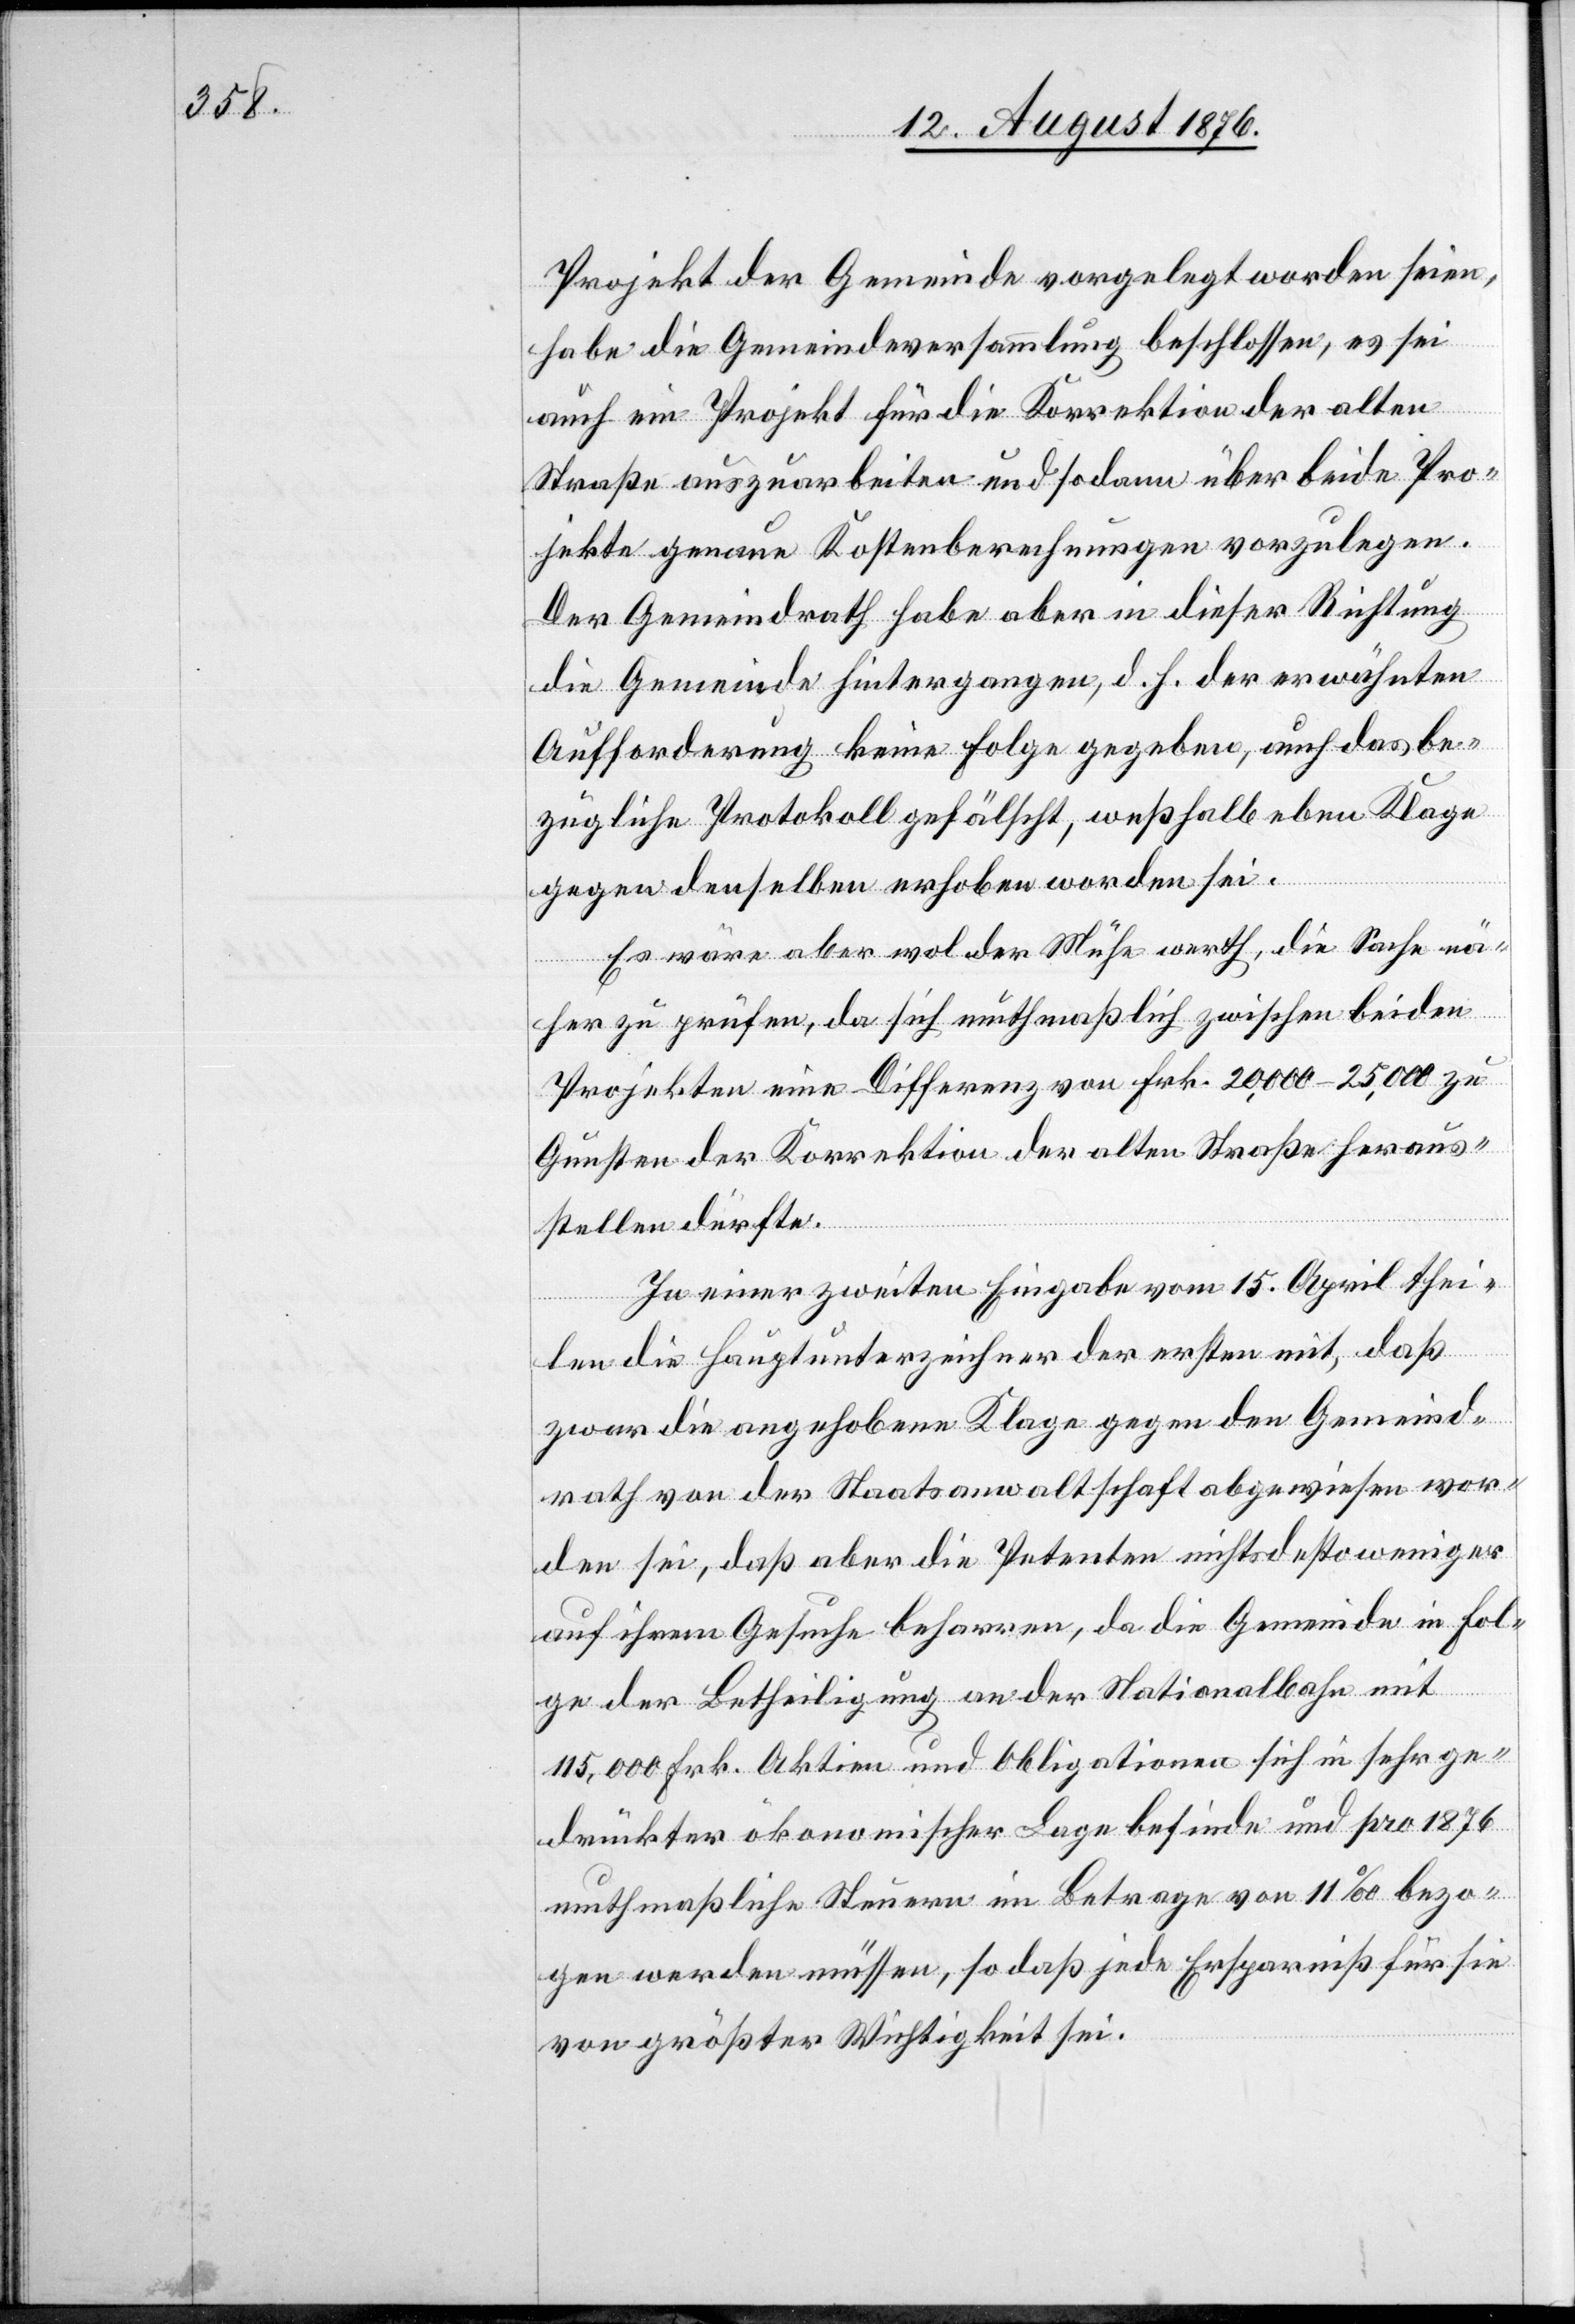
Projekt der Gemeinde vorgelegt worden seien,
habe die Gemeindeversammlung beschlossen, es sei
auch ein Projekt für die Korrektion der alten
Straße auszuarbeiten und sodann über beide Pro¬
jekte genaue Kostenberechnungen vorzulegen.
Der Gemeindrath habe aber in dieser Richtung
die Gemeinde hintergangen, d. h. der erwähnten
Aufforderung keine Folge gegeben, auch das be¬
zügliche Protokoll gefälscht, weßhalb eben Klage
gegen denselben erhoben worden sei.
Es wäre aber wol der Mühe werth, die Sache nä¬
her zu prüfen, da sich muthmaßlich zwischen beiden
Projekten eine Differenz von Frk. 20,000–25,000 zu
Gunsten der Korrektion der alten Straße heraus¬
stellen dürfte.
In einer zweiten Eingabe vom 15. April thei¬
len die Hauptunterzeichner der ersten mit, daß
zwar die angehobene Klage gegen den Gemeind¬
rath von der Staatsanwaltschaft abgewiesen wor¬
den sei, daß aber die Petenten nichtsdestoweniger
auf ihrem Gesuche beharren, da die Gemeinde in Fol¬
ge der Betheiligung an der Nationalbahn mit
115,000 Frk. Aktien und Obligationen sich in sehr ge¬
drückter ökonomischer Lage befinde und pro 1876
muthmaßliche Steuern im Betrage von 11‰ bezo¬
gen werden müssen, so daß jede Ersparniß für sie
von größter Wichtigkeit sei.